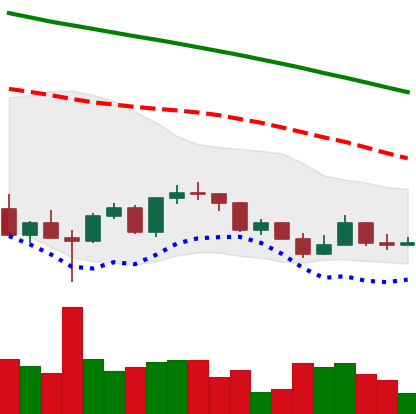
Ticker: LINK-USD
Chart end date: 2022-03-12
Forward return: 9.37%
Label: up_7plus